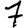
Digit: 7